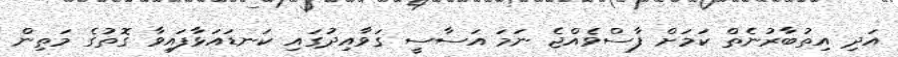
އަދި އިތުބާރުނެތް ކަމަށް ފާސްވެއްޖެ ނަމަ އަސާސީ ގަވާއިދުގައި ކަނޑައަޅާފައިވާ ގޮތުގެ މަތިން